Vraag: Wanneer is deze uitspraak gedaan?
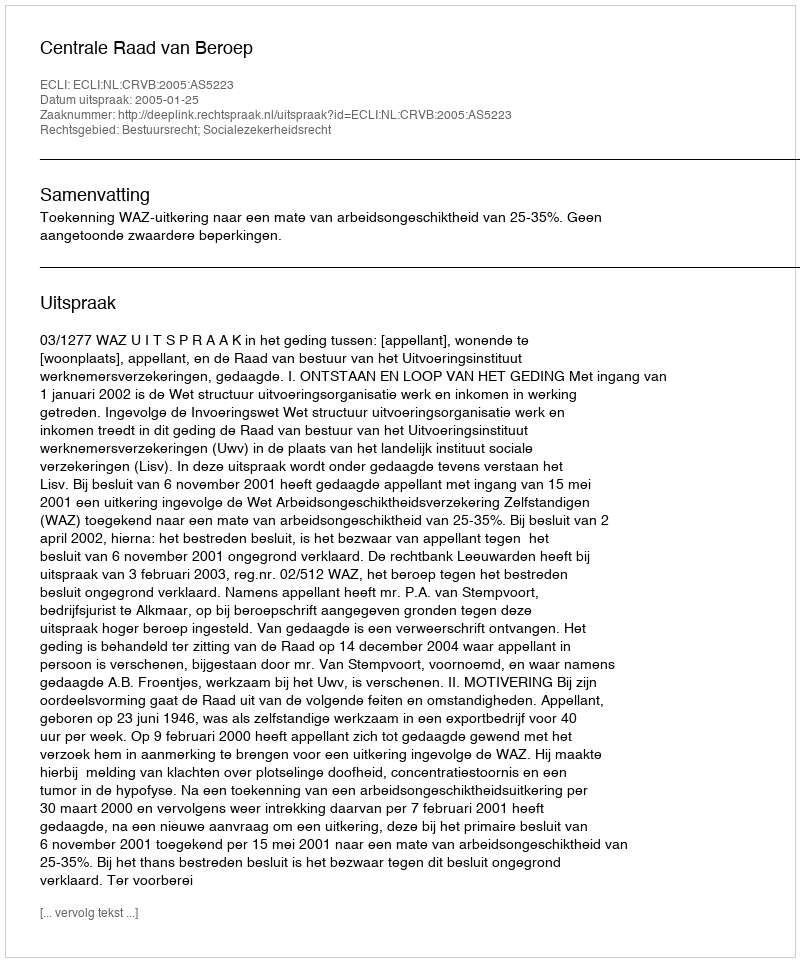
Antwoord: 2005-01-25